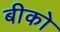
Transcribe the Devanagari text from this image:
बीको